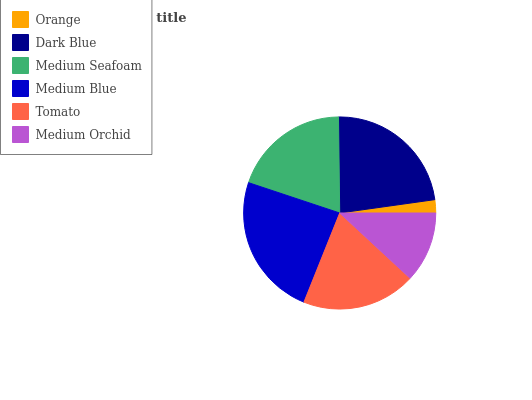
| Orange | Dark Blue | Medium Seafoam | Medium Blue | Tomato | Medium Orchid |
 | --- | --- | --- | --- | --- | --- |
 | 2.21% | 22.9% | 19.8% | 24.1% | 19.1% | 11.9% |